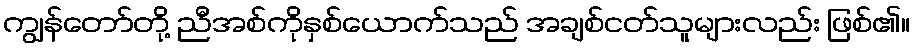
ကျွန်တော်တို့ ညီအစ်ကိုနှစ်ယောက်သည် အချစ်ငတ်သူများလည်း ဖြစ်၏။